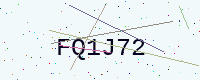
Text: FQ1J72